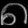
Digit: ၈